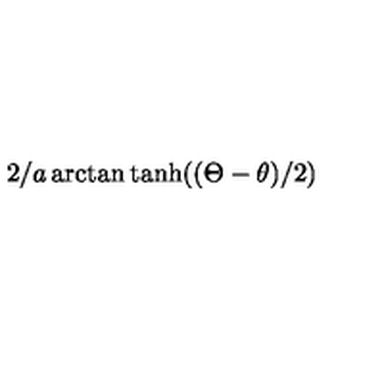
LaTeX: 2 / a \arctan \tanh ( ( \Theta - \theta ) / 2 )